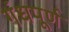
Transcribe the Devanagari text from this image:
गंधपूर्ण